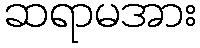
ဆရာမအား